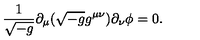
{ \frac { 1 } { \sqrt { - g } } } \partial _ { \mu } ( \sqrt { - g } g ^ { \mu \nu } ) \partial _ { \nu } \phi = 0 .